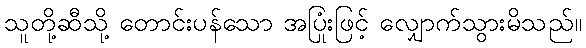
သူတို့ဆီသို့ တောင်းပန်သော အပြုံးဖြင့် လျှောက်သွားမိသည်။